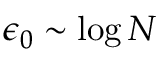
\epsilon _ { 0 } \sim \log N